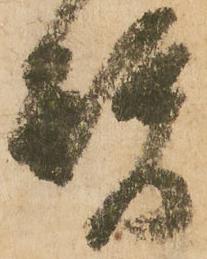
替